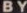
BY